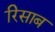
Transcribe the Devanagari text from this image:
रिसाब